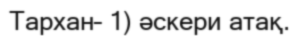
Тархан– 1) әскери атақ.